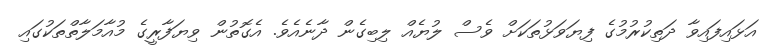
އަޅައިފައިވާ ދަތިކުރުމުގެ ފިޔަވަޅުތަކަށް ވެސް ލުޔެއް ލިބިގެން ދާނެއެވެ. އެގޮތުން ވިޔަފާރީގެ މުއާމަލާތްތަކުގައި